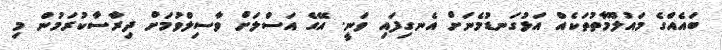
ބައެއްގެ މައުލޫމާތުތަކެއް އަޅުގަނޑުމެނަށް އެނގިފައި ވަނީ. އޭގެ އަސްލަށް ވާސިލްވުމަށް ދިރާސާކުރަމުން މި